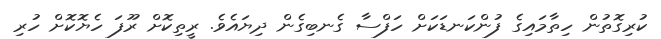
ކުރިގޮތުން ހިތާމައިގެ ފުންކަނޑަކަށް ހަފްސާ ގެނބިގެން ދިޔައެވެ. ރީތިކޮށް ރޫފަ ހެޔޮކޮށް ހުރި